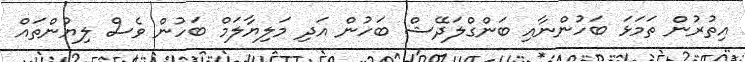
އިތުރުން ތަމަޅަ ބަހުންނާއި ބަންގްލަދޭޝް ބަހުން އަދި މަލިޔާލަމް ބަހުން ވެސް ލިޔުންތައް